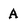
Character: A